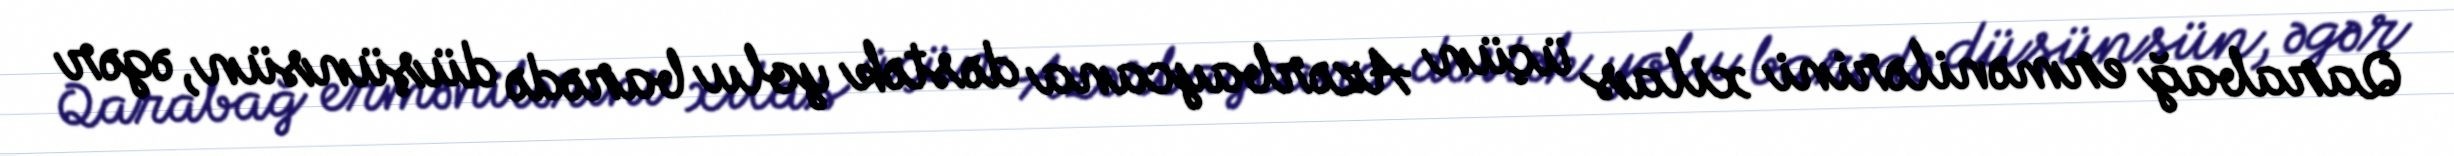
Qarabağ ermənilərini xilas üçün Azərbaycana dəstək yolu barədə düşünsün, əgər